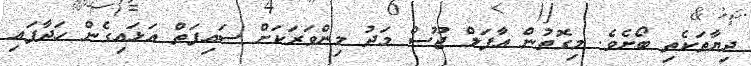
ދިޔާތަކެތި ބޯށެވެ. މިގޮތުން އާފަލް ޖޫސް މަދު މިންވަރަކަށް ސައިފަތް އަޅައިގެން ހަދާފައި